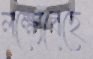
লক্ষ্যেবেছে